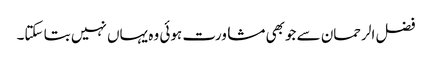
فضل الرحمان سے جوبھی مشاورت ہوئی وہ یہاں نہیں بتا سکتا۔